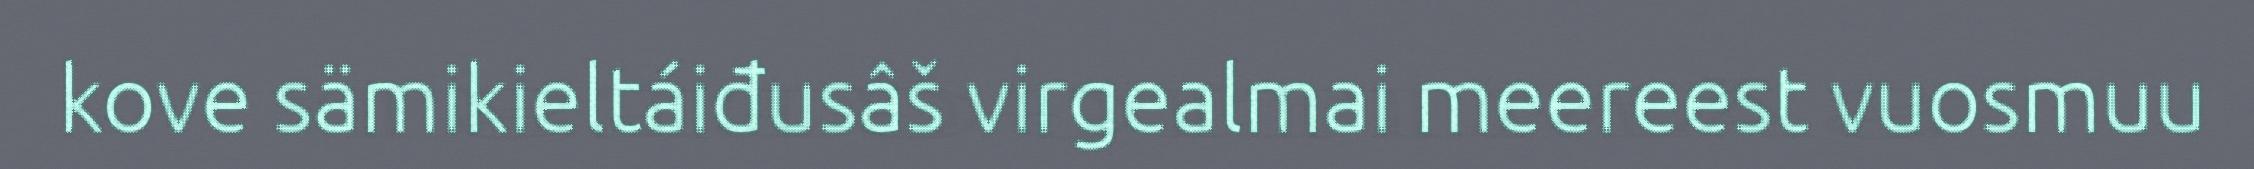
kove sämikieltáiđusâš virgealmai meereest vuosmuu